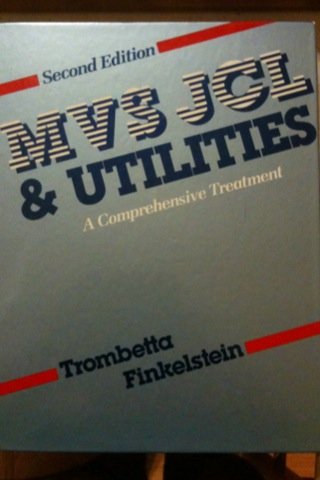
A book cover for MVS JCL & Utilities: A Comprehensive Treatment; Michael Trombetta; Computers & Technology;